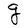
Character: g